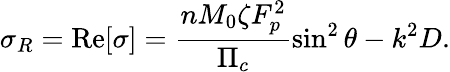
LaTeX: \sigma_{R}=\mathrm{Re}[\sigma]=\frac{nM_{0}\zeta F_{p}^{2}}{\Pi_{c}}\sin^{2}\theta-k^{2}D.